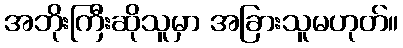
အဘိုးကြီးဆိုသူမှာ အခြားသူမဟုတ်။